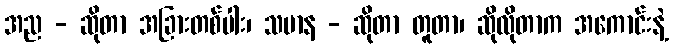
အည - ဆိုတာ အခြားတစ်ပါး၊ သမာန - ဆိုတာ တူတာ၊ ဆိုလိုတာက အကောင်းနဲ့